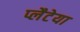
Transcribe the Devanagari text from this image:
प्लैटेया